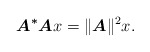
\begin{align*} \boldsymbol{A^*A} x = \|\boldsymbol{A}\|^2 x.\end{align*}